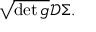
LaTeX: { \sqrt { \operatorname* { d e t } g } } { \mathcal { D } } \Sigma .